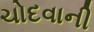
ચોદવાની